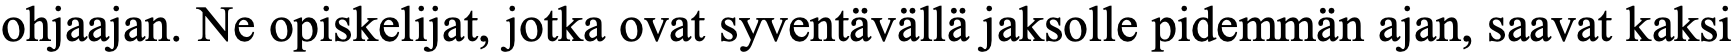
ohjaajan. Ne opiskelijat, jotka ovat syventävällä jaksolle pidemmän ajan, saavat kaksi